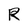
Character: R